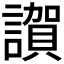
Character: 𧬂